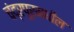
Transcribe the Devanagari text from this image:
चंद्रपूरमधील